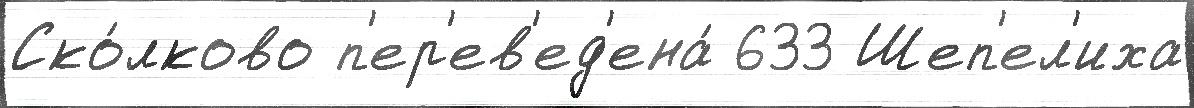
Ско́лково п'ер'ев'ед'ена́ 633 Шеп'ел'иха